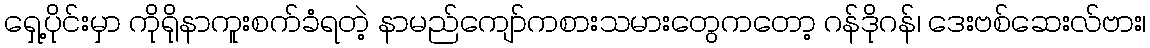
ရှေ့ပိုင်းမှာ ကိုရိုနာကူးစက်ခံရတဲ့ နာမည်ကျော်ကစားသမားတွေကတော့ ဂန်ဒိုဂန်၊ ဒေးဗစ်ဆေးလ်ဗား၊